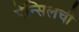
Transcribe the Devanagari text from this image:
पेन्सिलची